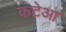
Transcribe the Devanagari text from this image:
कटेआ